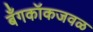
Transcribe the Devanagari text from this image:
बँगकॉकजवळ